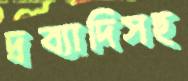
দ্রব্যাদিসহ